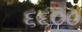
૬૬૦૦